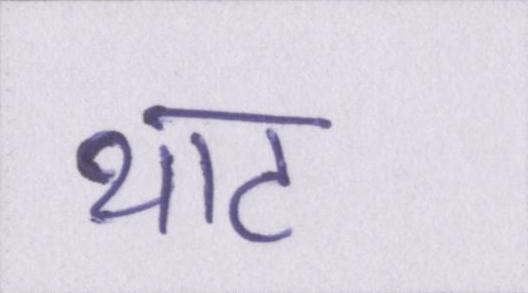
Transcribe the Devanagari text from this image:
थाट